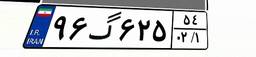
۹۶گ۶۲۵۵۴